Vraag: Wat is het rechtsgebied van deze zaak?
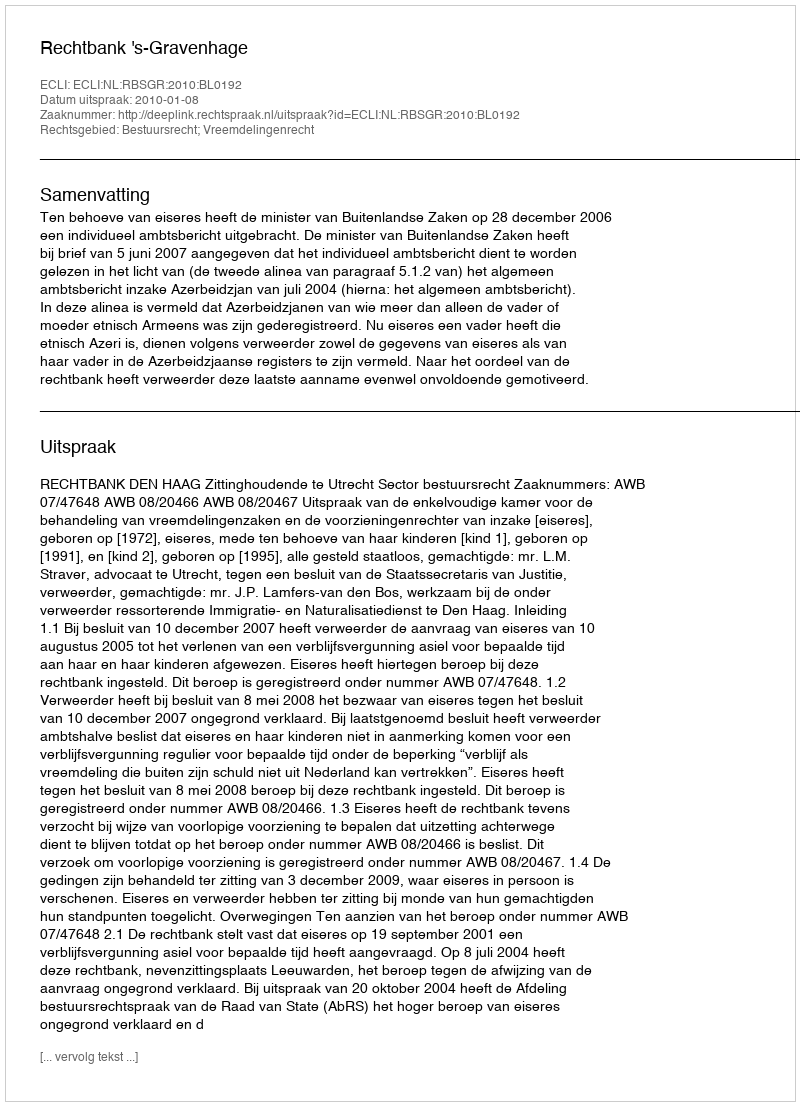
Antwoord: Bestuursrecht; Vreemdelingenrecht